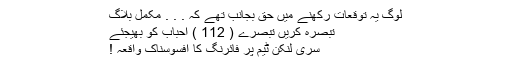
لوگ یہ توقعات رکھنے میں حق بجانب تھے کہ . . . مکمل بلاگ
تبصرہ کریں تبصرے ( 112 ) احباب کو بھیجئے
سری لنکن ٹیم پر فائرنگ کا افسوسناک واقعہ !